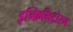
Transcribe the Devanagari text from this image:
इन्फ़िनिटोरम